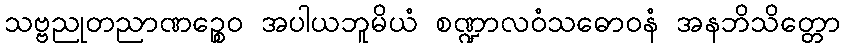
သဗ္ဗညုတညာဏဉ္စေဝ အပါယဘူမိယံ စဏ္ဍာလဝံသဓောဝနံ အနဘိသိတ္တော